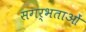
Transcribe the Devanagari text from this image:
सगर्भताओं